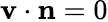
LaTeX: \mathbf{v}\cdot\mathbf{n}=0